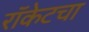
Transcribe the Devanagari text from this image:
रॉकेटचा